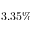
3 . 3 5 \%